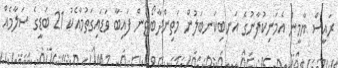
ރައީސް ޔާމީން އެމަނިކުފާނުގެ އަނބިކަނބަލުން މަތިންދާބޯޓުން ފައިބާ ވަޑައިގަތުމާއެކު 21 ބަޑީގެ ސަލާމެއް